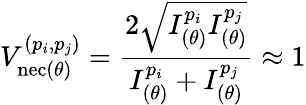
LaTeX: V_{\mathrm{nec}(\theta)}^{(p_{i},p_{j})}=\frac{2\sqrt{I_{(\theta)}^{p_{i}}I_{(\theta)}^{p_{j}}}}{I_{(\theta)}^{p_{i}}+I_{(\theta)}^{p_{j}}}\approx 1